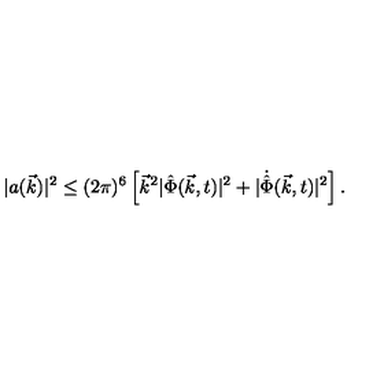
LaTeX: \vert a ( \vec { k } ) \vert ^ { 2 } \leq ( 2 \pi ) ^ { 6 } \left[ { \vec { k } } ^ { 2 } \vert { \hat { \Phi } } ( \vec { k } , t ) \vert ^ { 2 } + \vert { \dot { \hat { \Phi } } } ( \vec { k } , t ) \vert ^ { 2 } \right] .